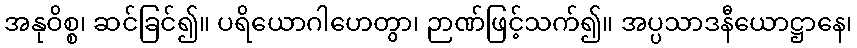
အနုဝိစ္စ၊ ဆင်ခြင်၍။ ပရိယောဂါဟေတွာ၊ ဉာဏ်ဖြင့်သက်၍။ အပ္ပသာဒနီယောဋ္ဌာနေ၊